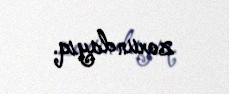
zorundayıq.